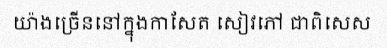
យ៉ាងច្រើននៅក្នុងកាសែត សៀវភៅ ជាពិសេស